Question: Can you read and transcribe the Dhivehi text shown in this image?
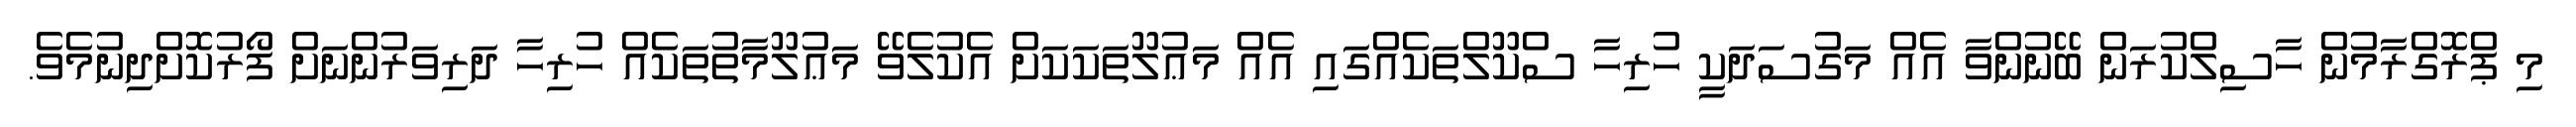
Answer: މި ޕްރޮގްރާމުން ހާސިލްކުރަން ބޭނުންވާ އެއް މަގުސަދަކީ ހުރިހާ ސްކޫލްތަކެއްގައި އެއް މަޢުލޫތަކަކަށް އެކުލެވޭ މަޢުލޫމާތުތަކެއް ހުރިހާ ދަރިވަރުންނަށް ފޯރުކޮށްދިނުމެވެ.